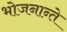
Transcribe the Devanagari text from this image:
भोजनान्ते